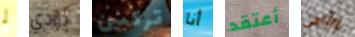
لم يؤدي تركبين أنا أعتقد وأراهن